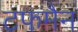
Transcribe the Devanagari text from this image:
टफमैन